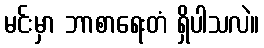
မင်းမှာ ဘာစာရေးတံ ရှိပါသလဲ။